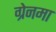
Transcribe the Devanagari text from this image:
ग्रेनमा